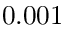
0 . 0 0 1